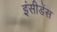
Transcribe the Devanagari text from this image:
इंसीडेंस